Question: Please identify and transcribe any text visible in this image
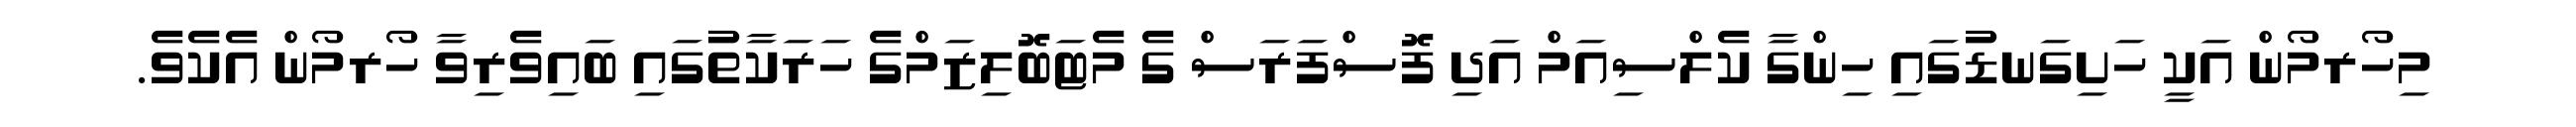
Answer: މިހޯރމޯން އަކީ ހަށިގަނޑުގައި ހިންގާ ކެލްސިއަމް އަދި ފޮސްފަރަސް ގެ މެޓަބޮލިޒަމްގެ ހަރަކާތުގައި ބައިވެރިވާ ހޯރމޯން އެކެވެ.